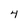
Character: 4